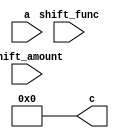
module 
shifter(a,c,shift_func,shift_amount);
	input [31:0] a;
	output [31:0] c;
	input [1:0] shift_func;
	input [4:0] shift_amount;

	 reg [31:0] c=0;




endmodule